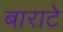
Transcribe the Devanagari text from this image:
बाराटे